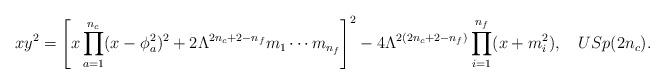
LaTeX: \begin{align*}x y^{2} = \left[ x \prod_{a=1}^{n_{c}} (x-\phi_{a}^{2})^{2} + 2 \Lambda^{2n_{c}+2-n_{f}} m_{1} \cdots m_{n_{f}} \right]^{2} - 4 \Lambda^{2(2n_{c}+2-n_{f})} \prod_{i=1}^{n_{f}}(x+m_{i}^{2}), \quad USp(2 n_c). \end{align*}